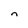
Character: n